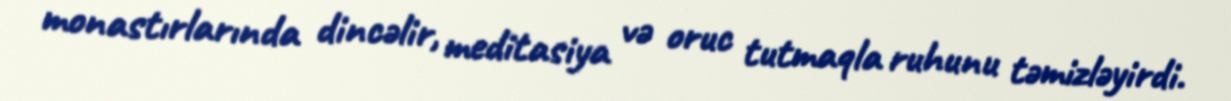
monastırlarında dincəlir, meditasiya və oruc tutmaqla ruhunu təmizləyirdi.